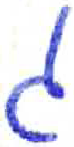
אות: ג